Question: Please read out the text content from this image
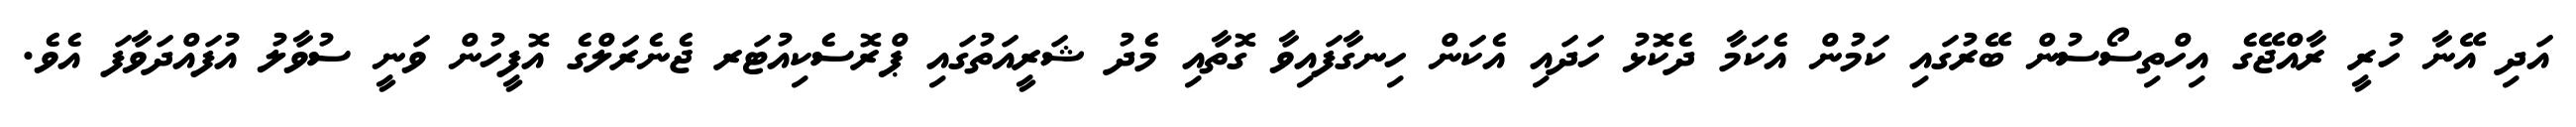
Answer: އަދި އޭނާ ހުރީ ރާއްޖޭގެ އިހްތިސޯސުން ބޭރުގައި ކަމުން އެކަމާ ދެކޮޅު ހަދައި އެކަން ހިނގާފައިވާ ގޮތާއި މެދު ޝަރީއަތުގައި ޕްރޮސެކިއުޓަރ ޖެނެރަލްގެ އޮފީހުން ވަނީ ސުވާލު އުފައްދަވާފަ އެވެ.